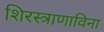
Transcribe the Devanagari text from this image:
शिरस्त्राणाविना